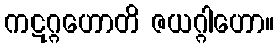
ကဋဂ္ဂဟောတိ ဇယဂ္ဂါဟော။